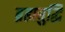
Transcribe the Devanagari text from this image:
ब्रह्मबुद्धि